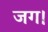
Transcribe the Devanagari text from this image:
जग।